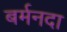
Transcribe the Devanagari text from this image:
बर्मनदा